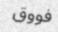
فووق